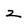
Character: z